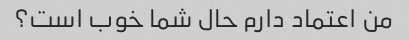
من اعتماد دارم حال شما خوب است؟